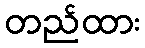
တည်ထား